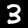
Digit: 3